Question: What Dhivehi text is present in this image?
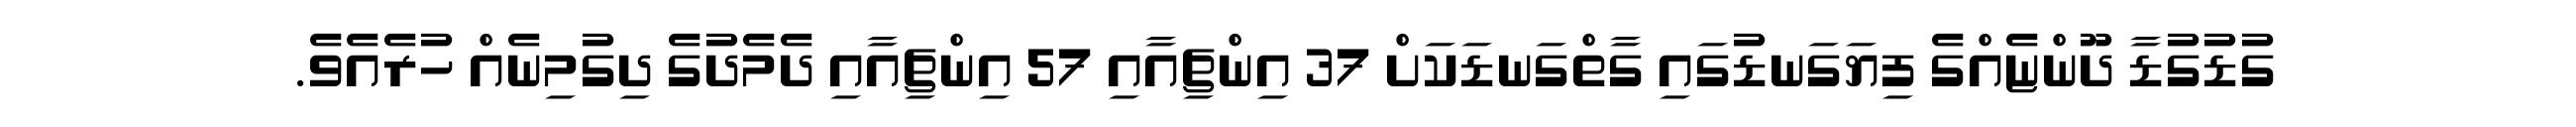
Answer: ގުޑުގުޑާ ދޫންޏެއްގެ ފިޔަގަނޑުގައި ގާތްގަނޑަކަށް 37 އިންޗިއާއި 57 އިންޗިއާއި ދެމެދުގެ ދިގުމިނެއް ހުރެއެވެ.